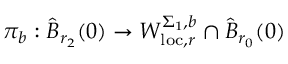
\pi _ { b } : \widehat { B } _ { r _ { 2 } } ( 0 ) \to W _ { \mathrm { l o c } , r } ^ { \Sigma _ { 1 } , b } \cap \widehat { B } _ { r _ { 0 } } ( 0 )